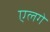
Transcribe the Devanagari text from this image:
एलगे